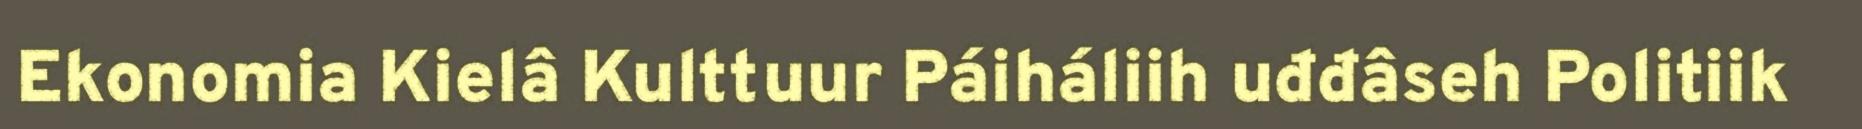
Ekonomia Kielâ Kulttuur Páiháliih uđđâseh Politiik